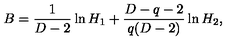
B = \frac { 1 } { D - 2 } \ln H _ { 1 } + \frac { D - q - 2 } { q ( D - 2 ) } \ln H _ { 2 } ,